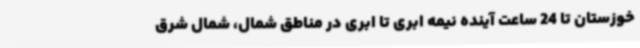
خوزستان تا 24 ساعت آینده نیمه ابری تا ابری در مناطق شمال، شمال شرق